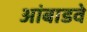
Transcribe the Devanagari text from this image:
आंबाडवे